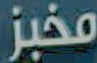
مخبز